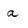
Character: a